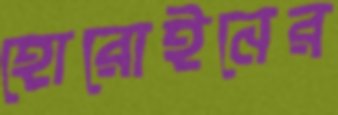
হোরোইনের